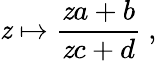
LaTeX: \mathit{z}\mapsto{\frac{{\mathit{z}a+b}}{{\mathit{z}c+d}}}\ ,